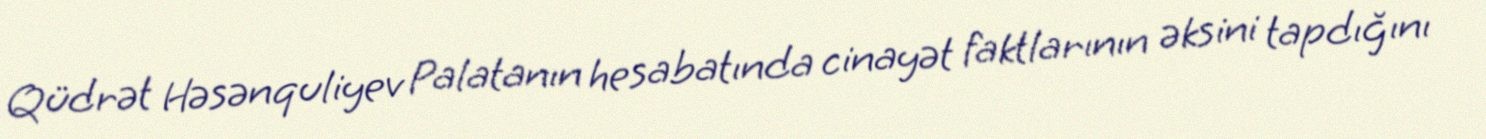
Qüdrət Həsənquliyev Palatanın hesabatında cinayət faktlarının əksini tapdığını